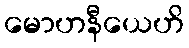
မောဟနီယေဟိ